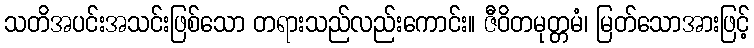
သတိအပင်းအသင်းဖြစ်သော တရားသည်လည်းကောင်း။ ဇီဝိတမုတ္တမံ၊ မြတ်သောအားဖြင့်